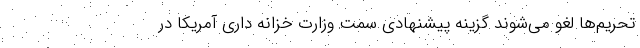
تحریم‌ها لغو می‌شوند گزینه پیشنهادی سمت وزارت خزانه داری آمریکا در